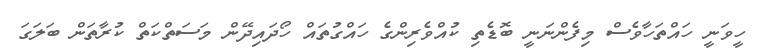
ހީވަނީ ހައްތަހާވެސް މިފެންނަނީ ބޮޑެތި ކުއްވެރިންގެ ހައްގުތައް ހޯދައިދޭން މަސަތްކަތް ކުރާތަން ބަލަގަ